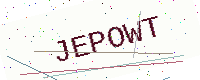
Text: JEPOWT